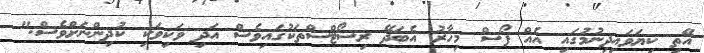
އޭތި ކިޔަވައިދިނުމުގައި އެއް ފޯސް މިހާރު އެބަދޭ ރިސޯޓްސްތަކުގައިވެސް އަދި ވަކިވަކި ކުދިންނަށްވެސް."